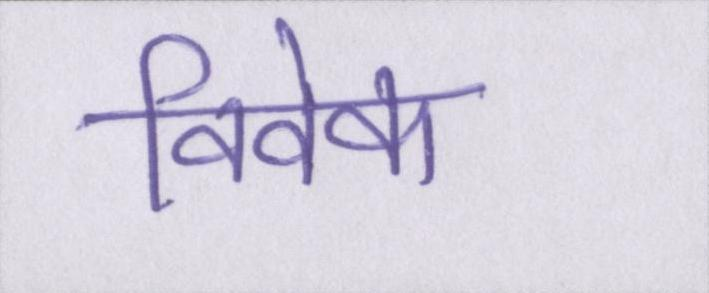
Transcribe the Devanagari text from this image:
विवेक